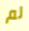
لم